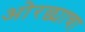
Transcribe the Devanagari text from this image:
ओरछ्याचा